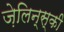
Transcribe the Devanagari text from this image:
ज़ेलिन्स्की